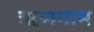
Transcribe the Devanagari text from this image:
ऋणगाम